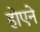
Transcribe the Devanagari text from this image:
होएने